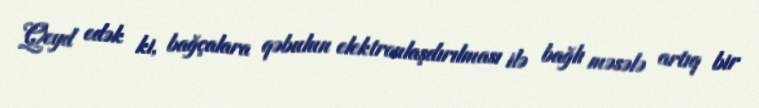
Qeyd edək ki, bağçalara qəbulun elektronlaşdırılması ilə bağlı məsələ artıq bir